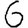
Digit: 6